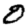
Digit: 0